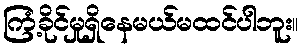
ကြံ့ခိုင်မှုရှိနေမယ်မထင်ပါဘူး။